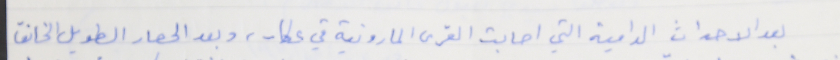
بعد الاحداث الدامية التي اصابت القرى المارونية في عكار، وبعد الحصار الطويل الخانقّ